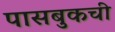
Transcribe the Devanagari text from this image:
पासबुकची